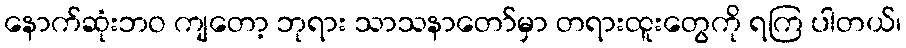
နောက်ဆုံးဘဝ ကျတော့ ဘုရား သာသနာတော်မှာ တရားထူးတွေကို ရကြ ပါတယ်၊